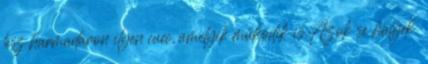
lesz harmadáron ilyen cucc, amelyik működik is.Azok se hülyék.